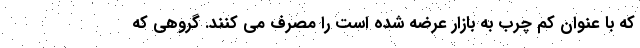
که با عنوان کم چرب به بازار عرضه شده است را مصرف می کنند. گروهی که